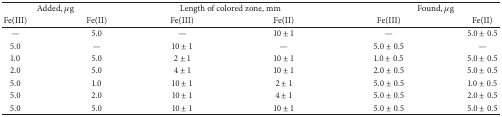
<table><thead><tr><td colspan="2"><b>Added, <i>μ</i>g</b></td><td colspan="2"><b> Length of colored zone, mm</b></td><td colspan="2"><b>Found, <i>μ</i>g</b></td></tr><tr><td><b>Fe(III)</b></td><td><b>Fe(II)</b></td><td><b>Fe(III)</b></td><td><b>Fe(II)</b></td><td><b>Fe(III)</b></td><td><b>Fe(II)</b></td></tr></thead><tbody><tr><td>—</td><td>5.0</td><td>—</td><td>10 ± 1</td><td>—</td><td>5.0 ± 0.5</td></tr><tr><td>5.0</td><td>—</td><td>10 ± 1</td><td>—</td><td>5.0 ± 0.5</td><td>—</td></tr><tr><td>1.0</td><td>5.0</td><td>2 ± 1</td><td>10 ± 1</td><td>1.0 ± 0.5</td><td>5.0 ± 0.5</td></tr><tr><td>2.0</td><td>5.0</td><td>4 ± 1</td><td>10 ± 1</td><td>2.0 ± 0.5</td><td>5.0 ± 0.5</td></tr><tr><td>5.0</td><td>1.0</td><td>10 ± 1</td><td>2 ± 1</td><td>5.0 ± 0.5</td><td>1.0 ± 0.5</td></tr><tr><td>5.0</td><td>2.0</td><td>10 ± 1</td><td>4 ± 1</td><td>5.0 ± 0.5</td><td>2.0 ± 0.5</td></tr><tr><td>5.0</td><td>5.0</td><td>10 ± 1</td><td>10 ± 1</td><td>5.0 ± 0.5</td><td>5.0 ± 0.5</td></tr></tbody></table>